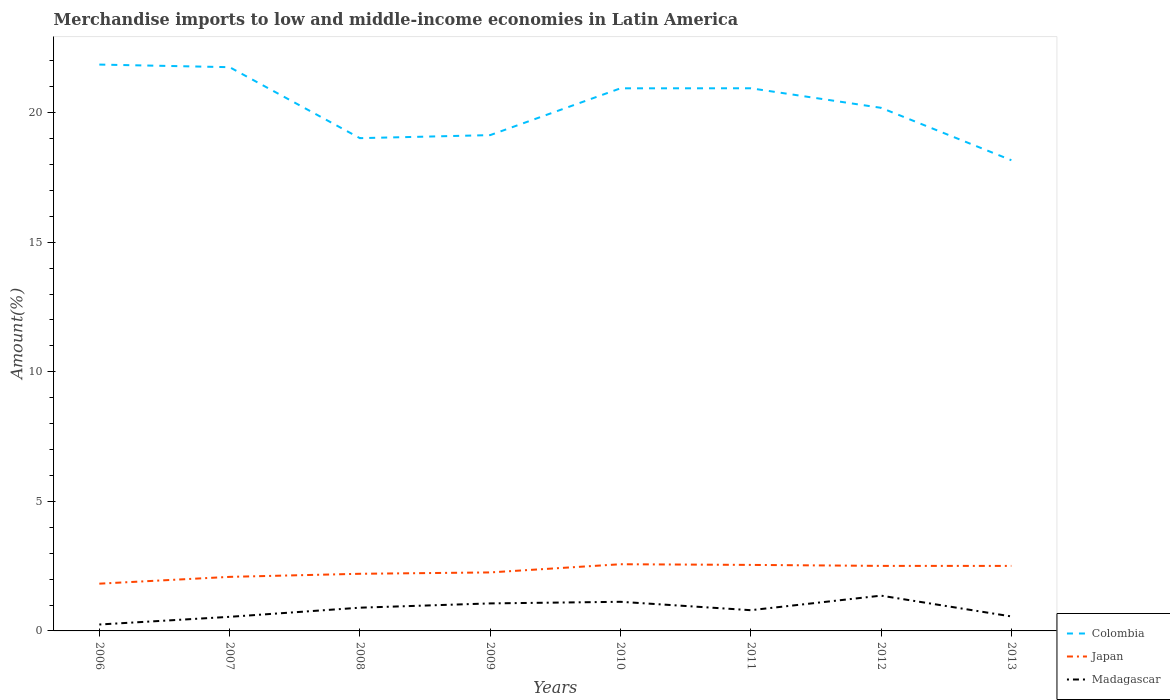
| Years | Colombia | Japan | Madagascar |
 | --- | --- | --- | --- |
 | 2006 | 21.9 | 1.82 | 0.248 |
 | 2007 | 21.8 | 2.09 | 0.544 |
 | 2008 | 19 | 2.21 | 0.897 |
 | 2009 | 19.1 | 2.26 | 1.06 |
 | 2010 | 20.9 | 2.57 | 1.12 |
 | 2011 | 20.9 | 2.55 | 0.8 |
 | 2012 | 20.2 | 2.51 | 1.36 |
 | 2013 | 18.2 | 2.51 | 0.559 |